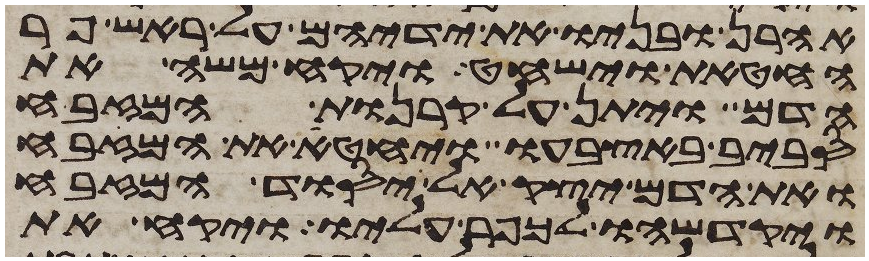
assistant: אהרן ובניו את ידיהם על ראש פר
החטאת וישחט ויקח משה את
הדם ויתן על קרנות המזבח
סביב באצבעו ויחטא את המזבח
ואת הדם יצק אל יסוד המזבח
ויקדשהו לכפר עליו ויקח את